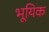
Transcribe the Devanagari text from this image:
भूयिक